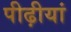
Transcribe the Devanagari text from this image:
पीढ़ीयां